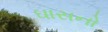
ઘાસનો